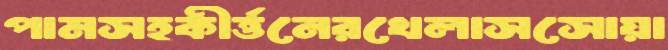
পামসহকীর্ত্তনেরখেলাসসোয়া